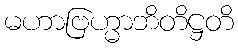
မဟာဗြဟ္မာဘိတိဋ္ဌတိ